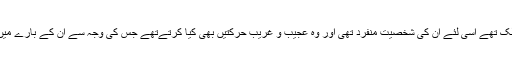
کشور واقعی عظیم شخصیت کے مالک تھے اسی لئے ان کی شخصیت منفرد تھی اور وہ عجیب و غریب حرکتیں بھی کیا کرتےتھے جس کی وجہ سے ان کے بارے میں طرح طرح کے قصے موجود ہیں۔